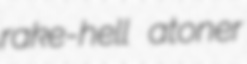
rake-hell atoner